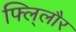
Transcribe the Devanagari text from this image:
फ्लि्लौर